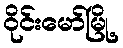
ဝိုင်းမော်မြို့